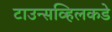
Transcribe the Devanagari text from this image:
टाउन्सव्हिलकडे